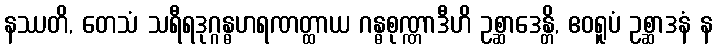
နဿတိ, တေသံ သရီရဒုဂ္ဂန္ဓဟရဏတ္ထာယ ဂန္ဓစုဏ္ဏာဒီဟိ ဥစ္ဆာဒေန္တိ, ဧဝရူပံ ဥစ္ဆာဒနံ န